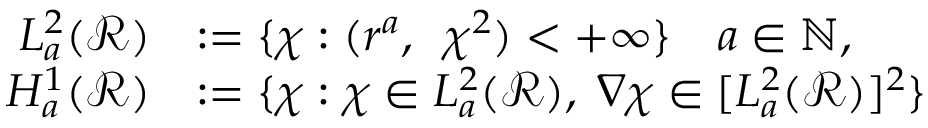
\begin{array} { r l } { L _ { a } ^ { 2 } ( \mathscr { R } ) } & { : = \{ \chi : ( r ^ { a } , ~ \, \chi ^ { 2 } ) < + \infty \} \quad a \in { \mathbb N } , } \\ { H _ { a } ^ { 1 } ( \mathscr { R } ) } & { : = \{ \chi : \chi \in L _ { a } ^ { 2 } ( \mathscr { R } ) , \; \nabla \chi \in [ L _ { a } ^ { 2 } ( \mathscr { R } ) ] ^ { 2 } \} } \end{array}